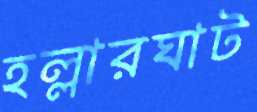
হল্লারঘাট